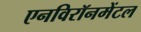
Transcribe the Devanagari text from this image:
एनविरॉनमेंटल